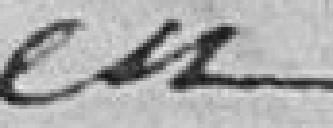
en